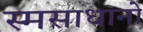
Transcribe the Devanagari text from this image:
स्मसाधानो